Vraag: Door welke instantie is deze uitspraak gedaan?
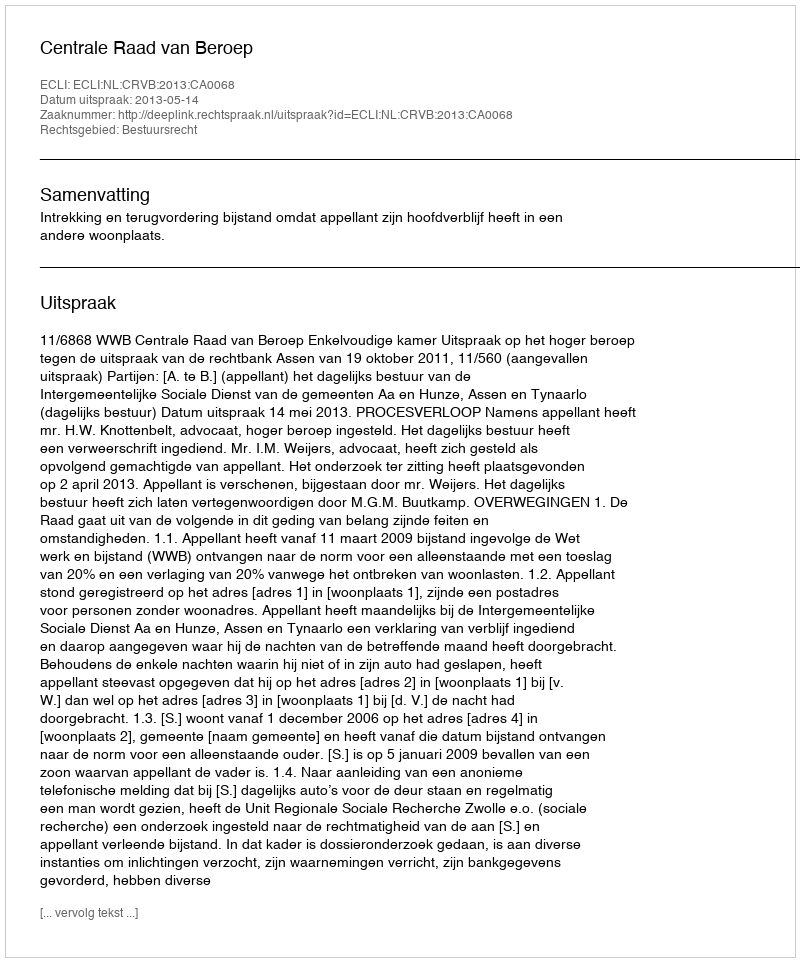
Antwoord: Centrale Raad van Beroep